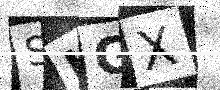
Text: SKGX